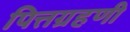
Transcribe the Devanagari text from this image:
पित्तग्रहणी